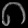
Digit: ၈